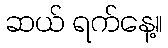
ဆယ် ရက်နေ့။